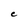
Character: C